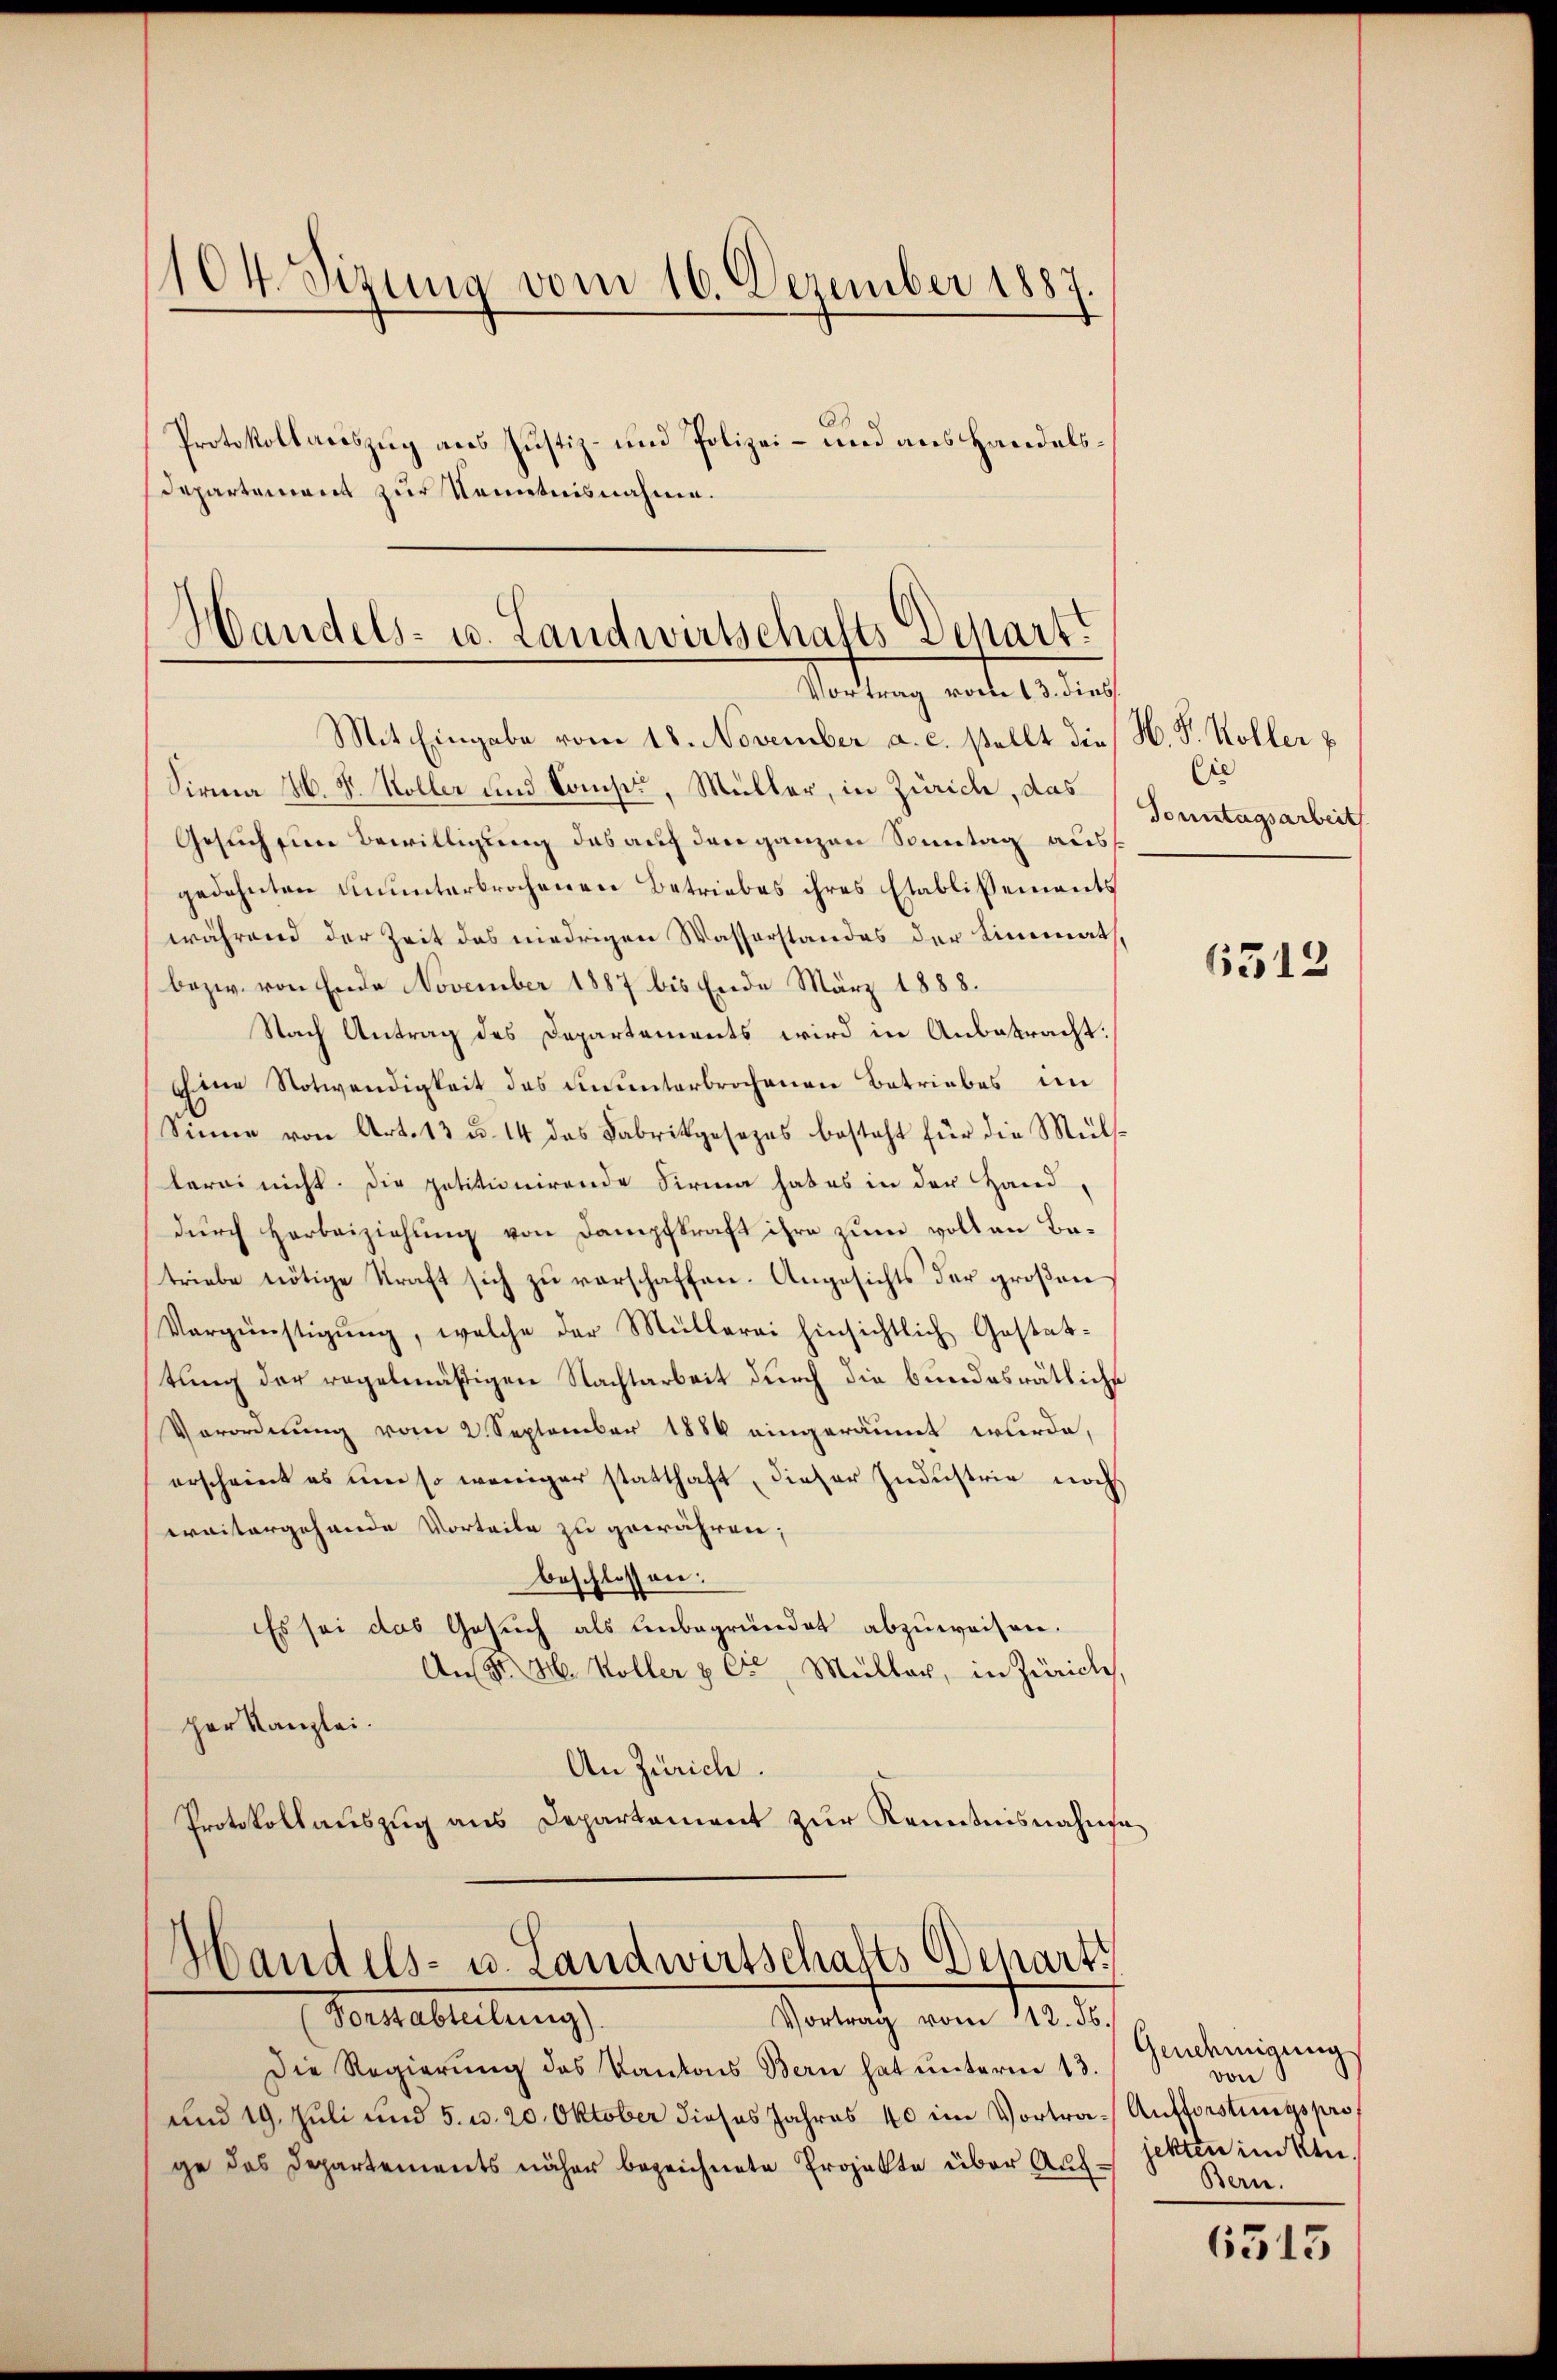
104. Sizung vom 16. Dezember 1887
Protokollauszug aus Justiz- und Polizei- und aus Handels¬
Departement zur Kenntnisnahme.

Sirma H. V. Koller und Comp., Müller, in Zürich, das
Gesuch ein Bewilligung das auf den ganzen Sonntag ausgedehnten ununterbrochenen Betriebes ihres Etablissements
während der Zeit des niedrigen Wasserstandes der Limmath,
bezw. von Ende November 1887 bis Ende März 1888.
Nach Antrag des Departements wird in Anbetracht:
ehene Notwendigkeit des einunterbrochenen Betriebes im
Sinne von Art. 13 u. 14 das Fabrikgesezes besteht für die Müls-
lerei nicht. Die petitionirende Firma hab es in der Hand-
durch Herbeiziehung von Dampfkraft ihre zum voll an Batriebe nötige Straft sich zu verschaffen. Angesichts der großen
Vergünstigŭng, welche der Müllerei hinsichtlich Gestattung der regelmäßigen Nachtarbeit durch die bundesrätliche
Verordnung vom 2. September 1884 eingeräumt wurde,
erscheint es um so weniger statthaft, dieser Industrie noch
weitergehende Vorteile zu gewähren;
beschlossen:
Es sei das Gesuch als Unbegründet abzuweisen.
An St. M. Koller & Cie, Müller, in Zürich,
per Kanzlei.
An Zürich.
Protokollauszug aus Departement zur Kenntnisnahme

Handels- u. Landwirtschafts Depart.
Wodtung andels ich
Mit Eingabe vom 18. November a. c. stellt die H. F. Koller p

Handels- u. Landwirtschafts Depart
Verabreitung
Vortrag vom 112. ds.

Die Regierŭng des Kantons Bern hat unterm 13.
und 19. Juli und 5. u. 20. Oktober dieses Jahres 40 im Vortra- Aufforstungspro
ge das Departements näher bezeichnete Projekte über Auf¬

Cie
Tonntagsarbeit

6312

Gendemigung
von
jekten im Ku
Bern.

6515